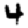
Digit: 4